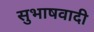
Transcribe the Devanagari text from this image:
सुभाषवादी